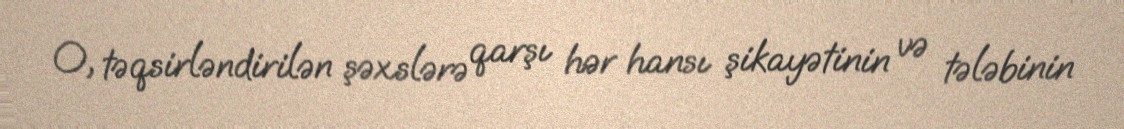
O, təqsirləndirilən şəxslərə qarşı hər hansı şikayətinin və tələbinin